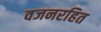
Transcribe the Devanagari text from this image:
वजनरहित